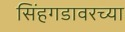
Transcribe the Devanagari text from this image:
सिंहगडावरच्या